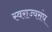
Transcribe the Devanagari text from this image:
स्वराज्यसंघ